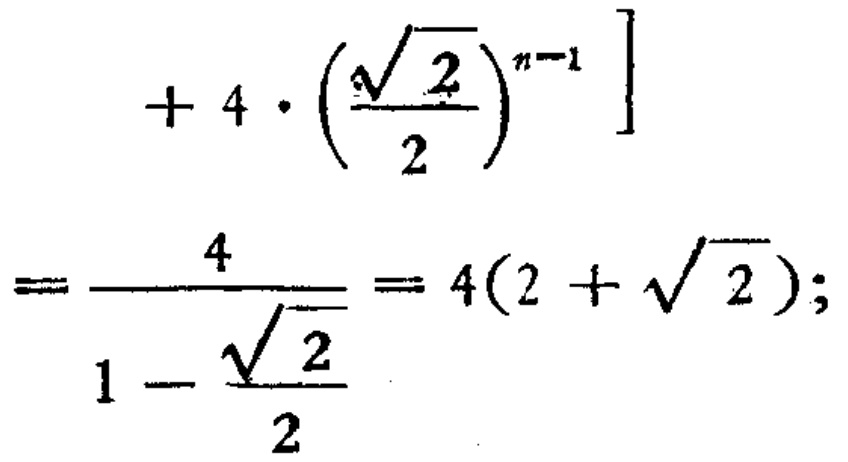
\[
\begin{align*}
&+ 4\cdot\left(\frac{\sqrt{2}}{2}\right)^{n - 1}\\
=&\frac{4}{1-\frac{\sqrt{2}}{2}} = 4(2+\sqrt{2});
\end{align*}
\]